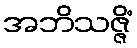
အဘိသဇ္ဇိံ